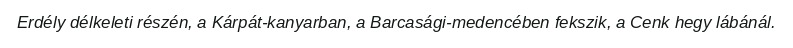
Erdély délkeleti részén, a Kárpát-kanyarban, a Barcasági-medencében fekszik, a Cenk hegy lábánál.